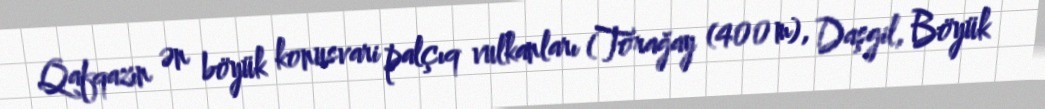
Qafqazın ən böyük konusvari palçıq vulkanları (Torağay (400 m), Daşgil, Böyük